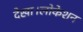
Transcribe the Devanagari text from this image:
देखा।लोकेशन